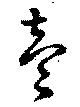
壱